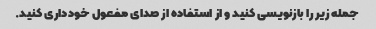
جمله زیر را بازنویسی کنید و از استفاده از صدای مفعول خودداری کنید.